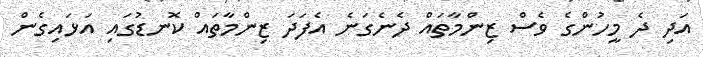
އަދި ދެ މީހުންގެ ވެސް ޒިންމާތައް ދެނެގަނެ އެފަދަ ޒިންމާތައް ކޮނޑުގައި އަޅައިގެން